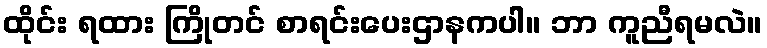
ထိုင်း ရထား ကြိုတင် စာရင်းပေးဌာနကပါ။ ဘာ ကူညီရမလဲ။